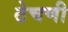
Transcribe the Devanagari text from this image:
ठेचणी